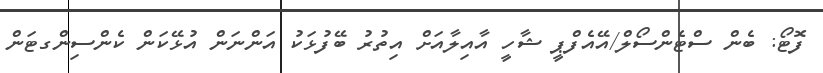
ފޮޓޯ: ބެން ސްޓެންސޯލް/އޭއެފްޕީ ޝާހީ އާއިލާއަށް އިތުރު ބޭފުޅަކު އަންނަން އުޅޭކަން ކެންސިންގޓަން